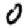
Digit: 0